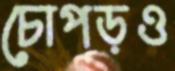
চোপড়ও